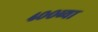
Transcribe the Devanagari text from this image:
४००व्या